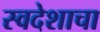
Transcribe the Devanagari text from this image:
स्वदेशाचा